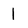
Character: 1